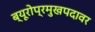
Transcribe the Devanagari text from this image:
ब्यूरोप्रमुखपदावर